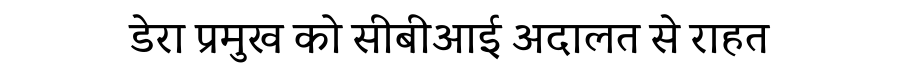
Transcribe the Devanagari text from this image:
डेरा प्रमुख को सीबीआई अदालत से राहत